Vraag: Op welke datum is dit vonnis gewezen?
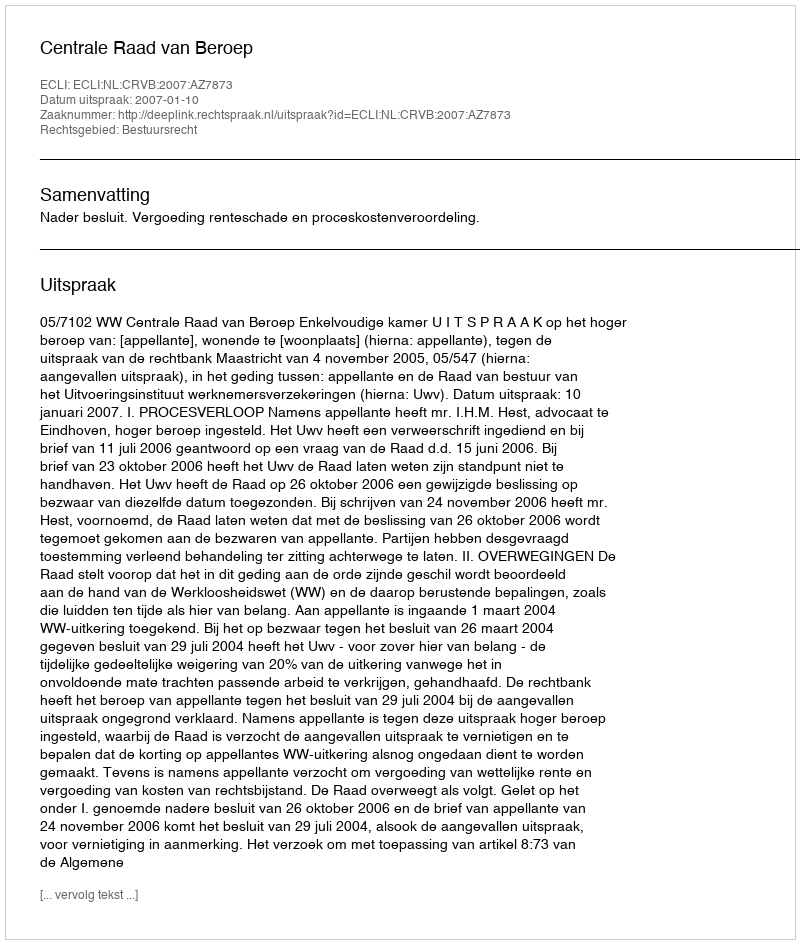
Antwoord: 2007-01-10